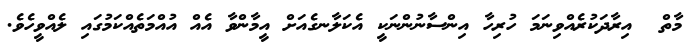
މާތް  އިރާދަކުރެއްވިނަމަ ހުރިހާ އިންސާނުންނަކީ އެކަލާނގެއަށް އީމާންވާ އެއް އުއްމަތެއްކަމުގައި ލެއްވީހެވެ.